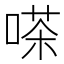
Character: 嗏